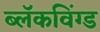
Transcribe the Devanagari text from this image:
ब्लॅकविंग्ड